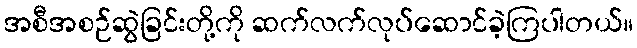
အစီအစဉ်ဆွဲခြင်းတို့ကို ဆက်လက်လုပ်ဆောင်ခဲ့ကြပါတယ်။